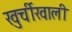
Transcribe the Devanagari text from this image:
खुर्चीखाली